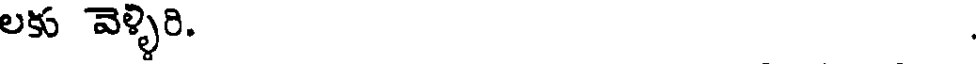
లకు వెళ్ళిరి. .